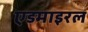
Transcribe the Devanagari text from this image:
एडमाइरल